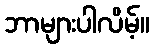
ဘာများပါလိမ့်။